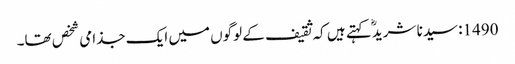
1490: سیدنا شریدؓ کہتے ہیں کہ ثقیف کے لوگوں میں ایک جذامی شخص تھا۔